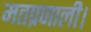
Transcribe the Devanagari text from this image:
मतप्रणाली।